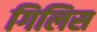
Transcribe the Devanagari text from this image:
गिलिस